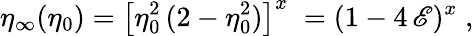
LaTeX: \eta_{\infty}(\eta_{0})=\left[\eta_{0}^{2}\, (2-\eta_{0}^{2})\right]^{x}\; =(1-4\, \mathscr{E})^{x}\; ,